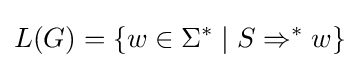
L(G)=\{w\in \Sigma ^{*}\mid S\Rightarrow ^{*}w\}